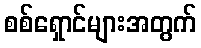
စစ်ရှောင်များအတွက်